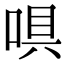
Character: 㖵